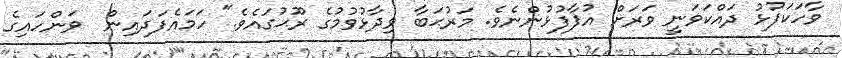
ވާހަކަފުޅު ދައްކަވަނީ ވަރަށް އުފާފުޅުންނެވެ. މަރުޙަބާ ވިދާޅުވުމުގެ ރޫޙުގައެވެ." ހަމައެފަދައިން  ވަންހައިގެ